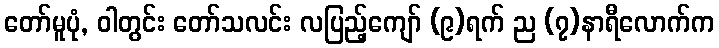
တော်မူပုံ, ဝါတွင်း တော်သလင်း လပြည့်ကျော် (၉)ရက် ည (၇)နာရီလောက်က